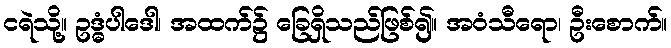
ငရဲသို့။ ဥဒ္ဓံပါဒေါ၊ အထက်၌ ခြေရှိသည်ဖြစ်၍။ အဝံသီရော၊ ဦးစောက်။